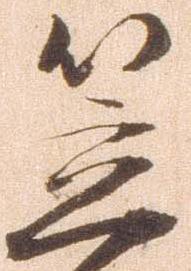
笠